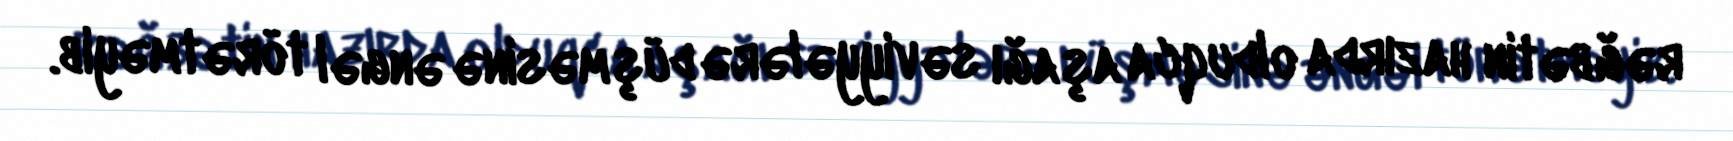
rəğbətin hazırda olduqca aşağı səviyyələrə düşməsinə əngəl törətməyib.